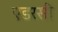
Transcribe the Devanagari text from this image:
एडरसी